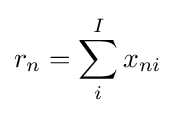
r_{n}=\sum _{i}^{I}x_{ni}